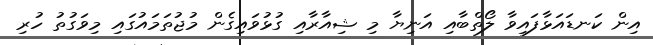
އިން ކަނޑައަޅާފައިވާ ލޯތްބާއި އަނިޔާ މި ޝިއާރާއި ގުޅުވައިގެން މުޖުތަމައުގައި މިވަގުތު ހުރި